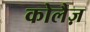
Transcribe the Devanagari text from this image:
कोलैज़